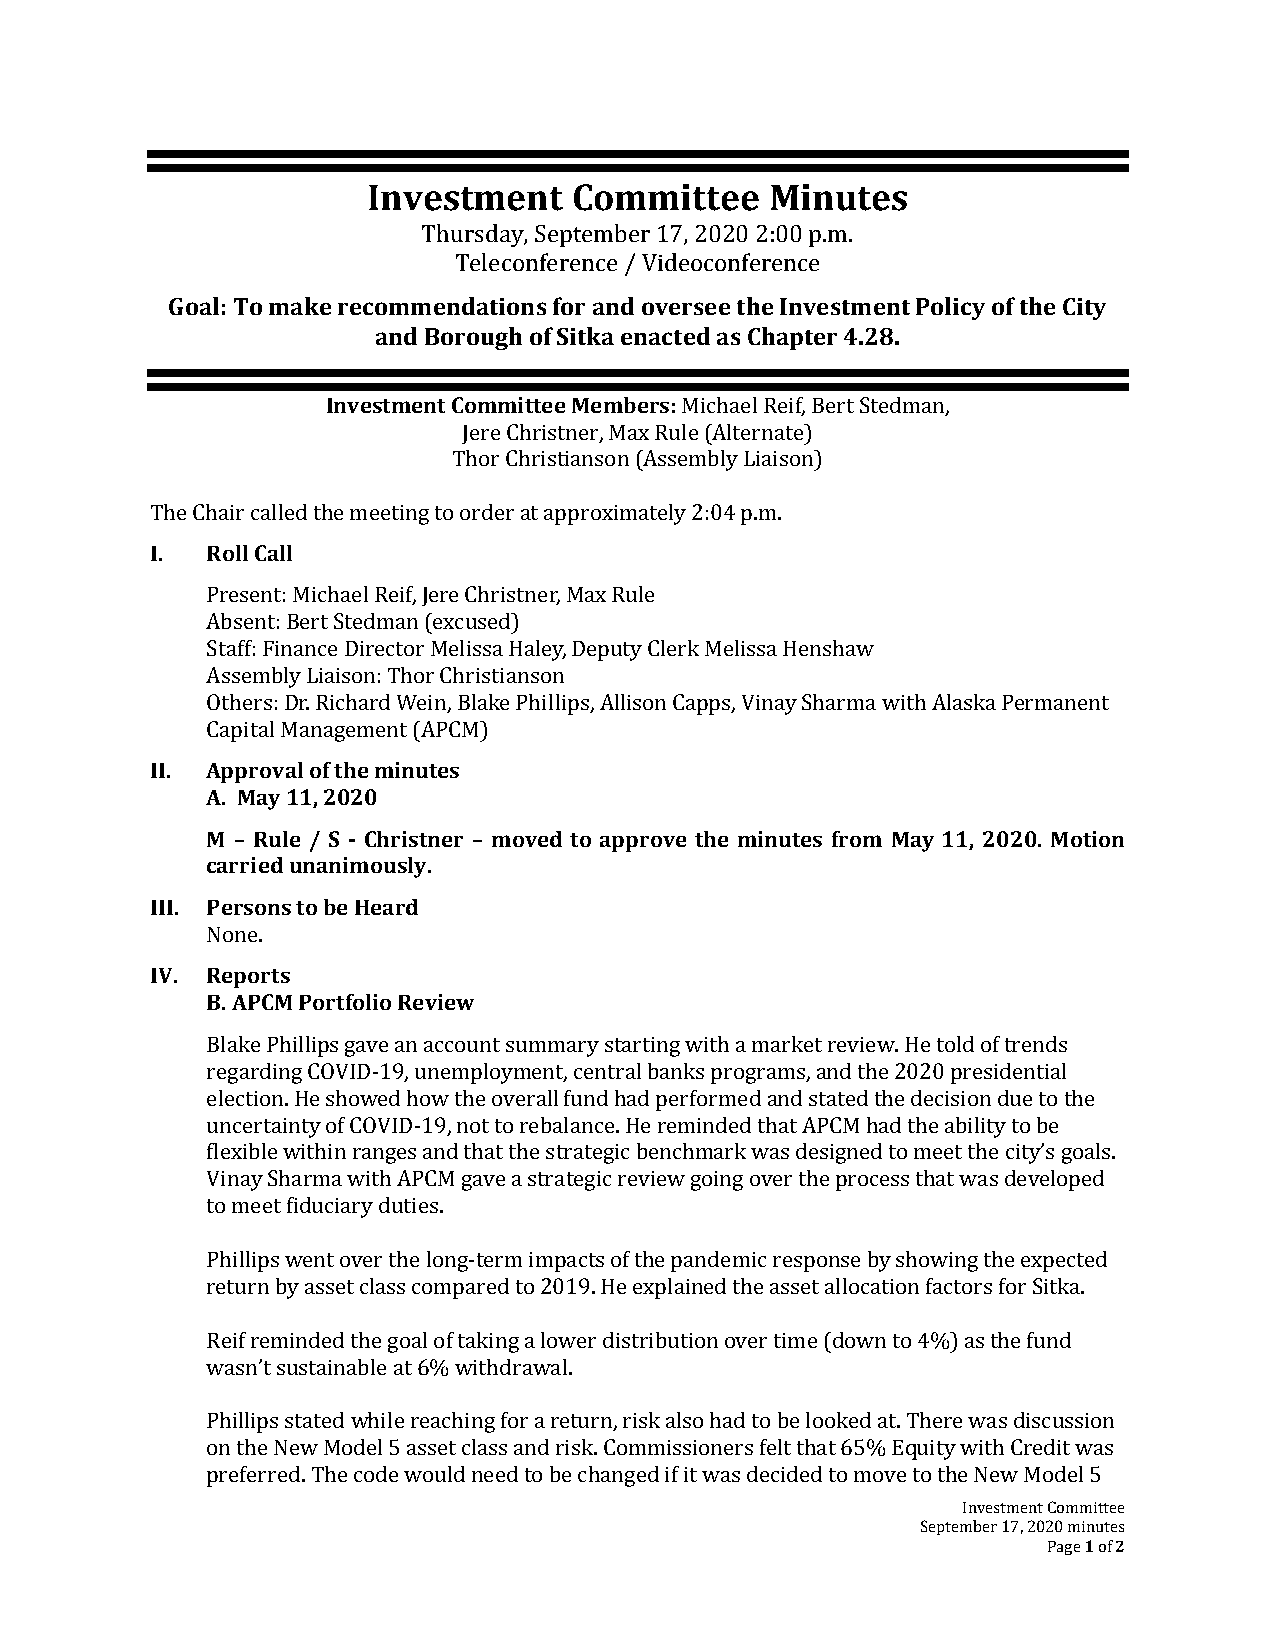
Investment    Committee    Minutes
 Thursday, September 17, 2020 2:00 p.m.
 Teleconference / Videoconference
 Goal: To make recommendations for and oversee the Investment Policy of the City
 and Borough of Sitka enacted as Chapter 4.28.
 Investment Committee Members: Michael Reif, Bert Stedman,
 Jere Christner, Max Rule (Alternate)
 Thor Christianson (Assembly Liaison)
 The Chair called the meeting to order at approximately 2:04 p.m.
 I.  Roll Call
 Present: Michael Reif, Jere Christner, Max Rule
 Absent: Bert Stedman (excused)
 Staff: Finance Director Melissa Haley, Deputy Clerk Melissa Henshaw
 Assembly Liaison: Thor Christianson
 Others: Dr. Richard Wein, Blake Phillips, Allison Capps, Vinay Sharma with Alaska Permanent
 Capital Management (APCM)
 II. Approval of the minutes
 A. May 11, 2020
 M – Rule / S - Christner – moved to approve the minutes from May 11, 2020. Motion
 carried unanimously.
 III. Persons to be Heard
 None.
 IV. Reports
 B. APCM Portfolio Review
 Blake Phillips gave an account summary starting with a market review. He told of trends
 regarding COVID-19, unemployment, central banks programs, and the 2020 presidential
 election. He showed how the overall fund had performed and stated the decision due to the
 uncertainty of COVID-19, not to rebalance. He reminded that APCM had the ability to be
 flexible within ranges and that the strategic benchmark was designed to meet the city’s goals.
 Vinay Sharma with APCM gave a strategic review going over the process that was developed
 to meet fiduciary duties.
 Phillips went over the long-term impacts of the pandemic response by showing the expected
 return by asset class compared to 2019. He explained the asset allocation factors for Sitka.
 Reif reminded the goal of taking a lower distribution over time (down to 4%) as the fund
 wasn’t sustainable at 6% withdrawal.
 Phillips stated while reaching for a return, risk also had to be looked at. There was discussion
 on the New Model 5 asset class and risk. Commissioners felt that 65% Equity with Credit was
 preferred. The code would need to be changed if it was decided to move to the New Model 5
 Investment Committee
 September 17, 2020 minutes
 Page 1 of 2